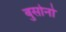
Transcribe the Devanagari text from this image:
बुसोनो